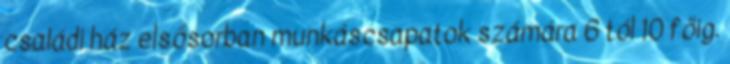
családi ház elsősorban munkáscsapatok számára 6 tól 10 főig.